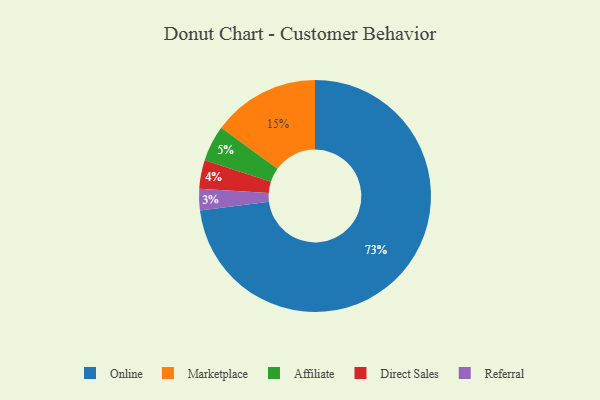
{"axis": {"x": "Category", "y": "Percentage"}, "legend": ["Affiliate", "Direct Sales", "Marketplace", "Online", "Referral"], "data": [{"x": "Affiliate", "y": 5, "type": "Affiliate"}, {"x": "Direct Sales", "y": 4, "type": "Direct Sales"}, {"x": "Online", "y": 73, "type": "Online"}, {"x": "Marketplace", "y": 15, "type": "Marketplace"}, {"x": "Referral", "y": 3, "type": "Referral"}]}